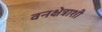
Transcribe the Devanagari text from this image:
वनक्षेत्राशी